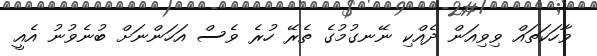
ވާހަކަތައް ވިވިއަން ދެއްކި ނޭނގުމުގެ ތެރޭ ހުރެ ވެސް އަހަންނަށް ބުނެވުނު އެއީ